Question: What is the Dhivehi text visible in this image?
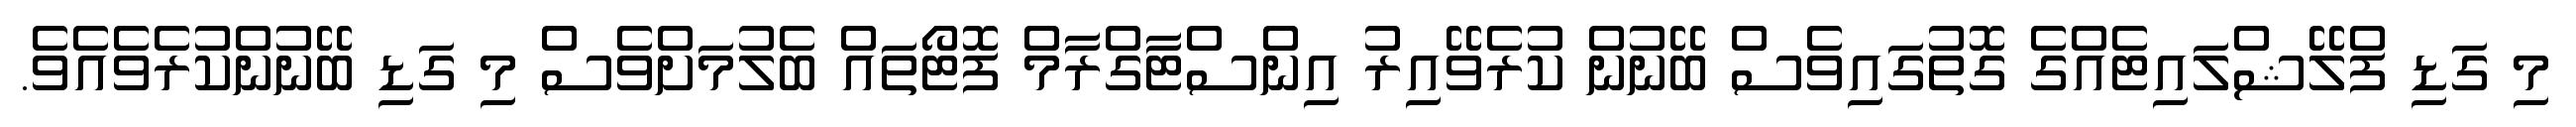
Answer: މި ގަޑި ފްލޭޝްލައިޓެއްގެ ގޮތުގައިވެސް ބޭނުން ކުރެވޭއިރު އިންސްޓާގްރާމް ފޮޓޯތައް ބެލުމަށްވެސް މި ގަޑި ބޭނުންކުރެވެއެވެ.